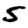
Digit: 5